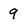
Character: 9